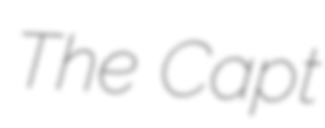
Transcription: The Capt